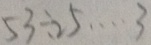
5 3 \div 2 5 \cdots 3